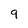
Character: 9